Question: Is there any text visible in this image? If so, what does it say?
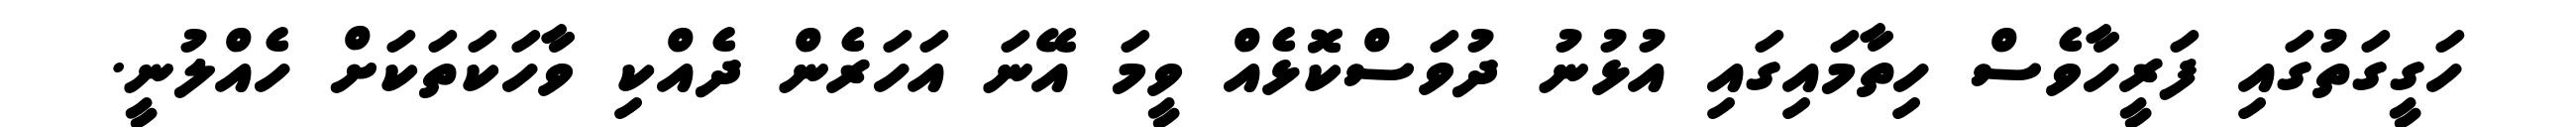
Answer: ހަގީގަތުގައި ފަރީހާވެސް ހިތާމައިގައި އުޅުނު ދުވަސްކޮޅެއް ވީމަ އޭނަ އަހަރެން ދެއްކި ވާހަކަތަކަށް ހެއްލުނީ.